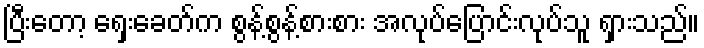
ပြီးတော့ ရှေးခေတ်က စွန့်စွန့်စားစား အလုပ်ပြောင်းလုပ်သူ ရှားသည်။